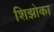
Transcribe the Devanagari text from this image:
शिझोका